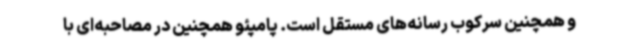
و همچنین سرکوب رسانه‌های مستقل است. پامپئو همچنین در مصاحبه‌ای با